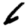
Digit: 6